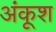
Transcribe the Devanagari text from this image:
अंकूश